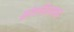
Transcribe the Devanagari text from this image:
क्रोएशियासह